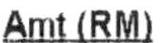
AMT (RM)